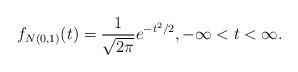
LaTeX: \begin{align*}f_{N(0,1)}(t) = \frac{ 1 }{ \sqrt{2\pi} } e^{-t^2/2}, -\infty < t < \infty.\end{align*}